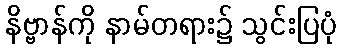
နိဗ္ဗာန်ကို နာမ်တရား၌ သွင်းပြပုံ